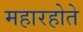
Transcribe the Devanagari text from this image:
महारहोते